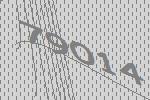
79014